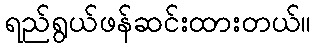
ရည်ရွယ်ဖန်ဆင်းထားတယ်။